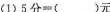
(1)5分=()元